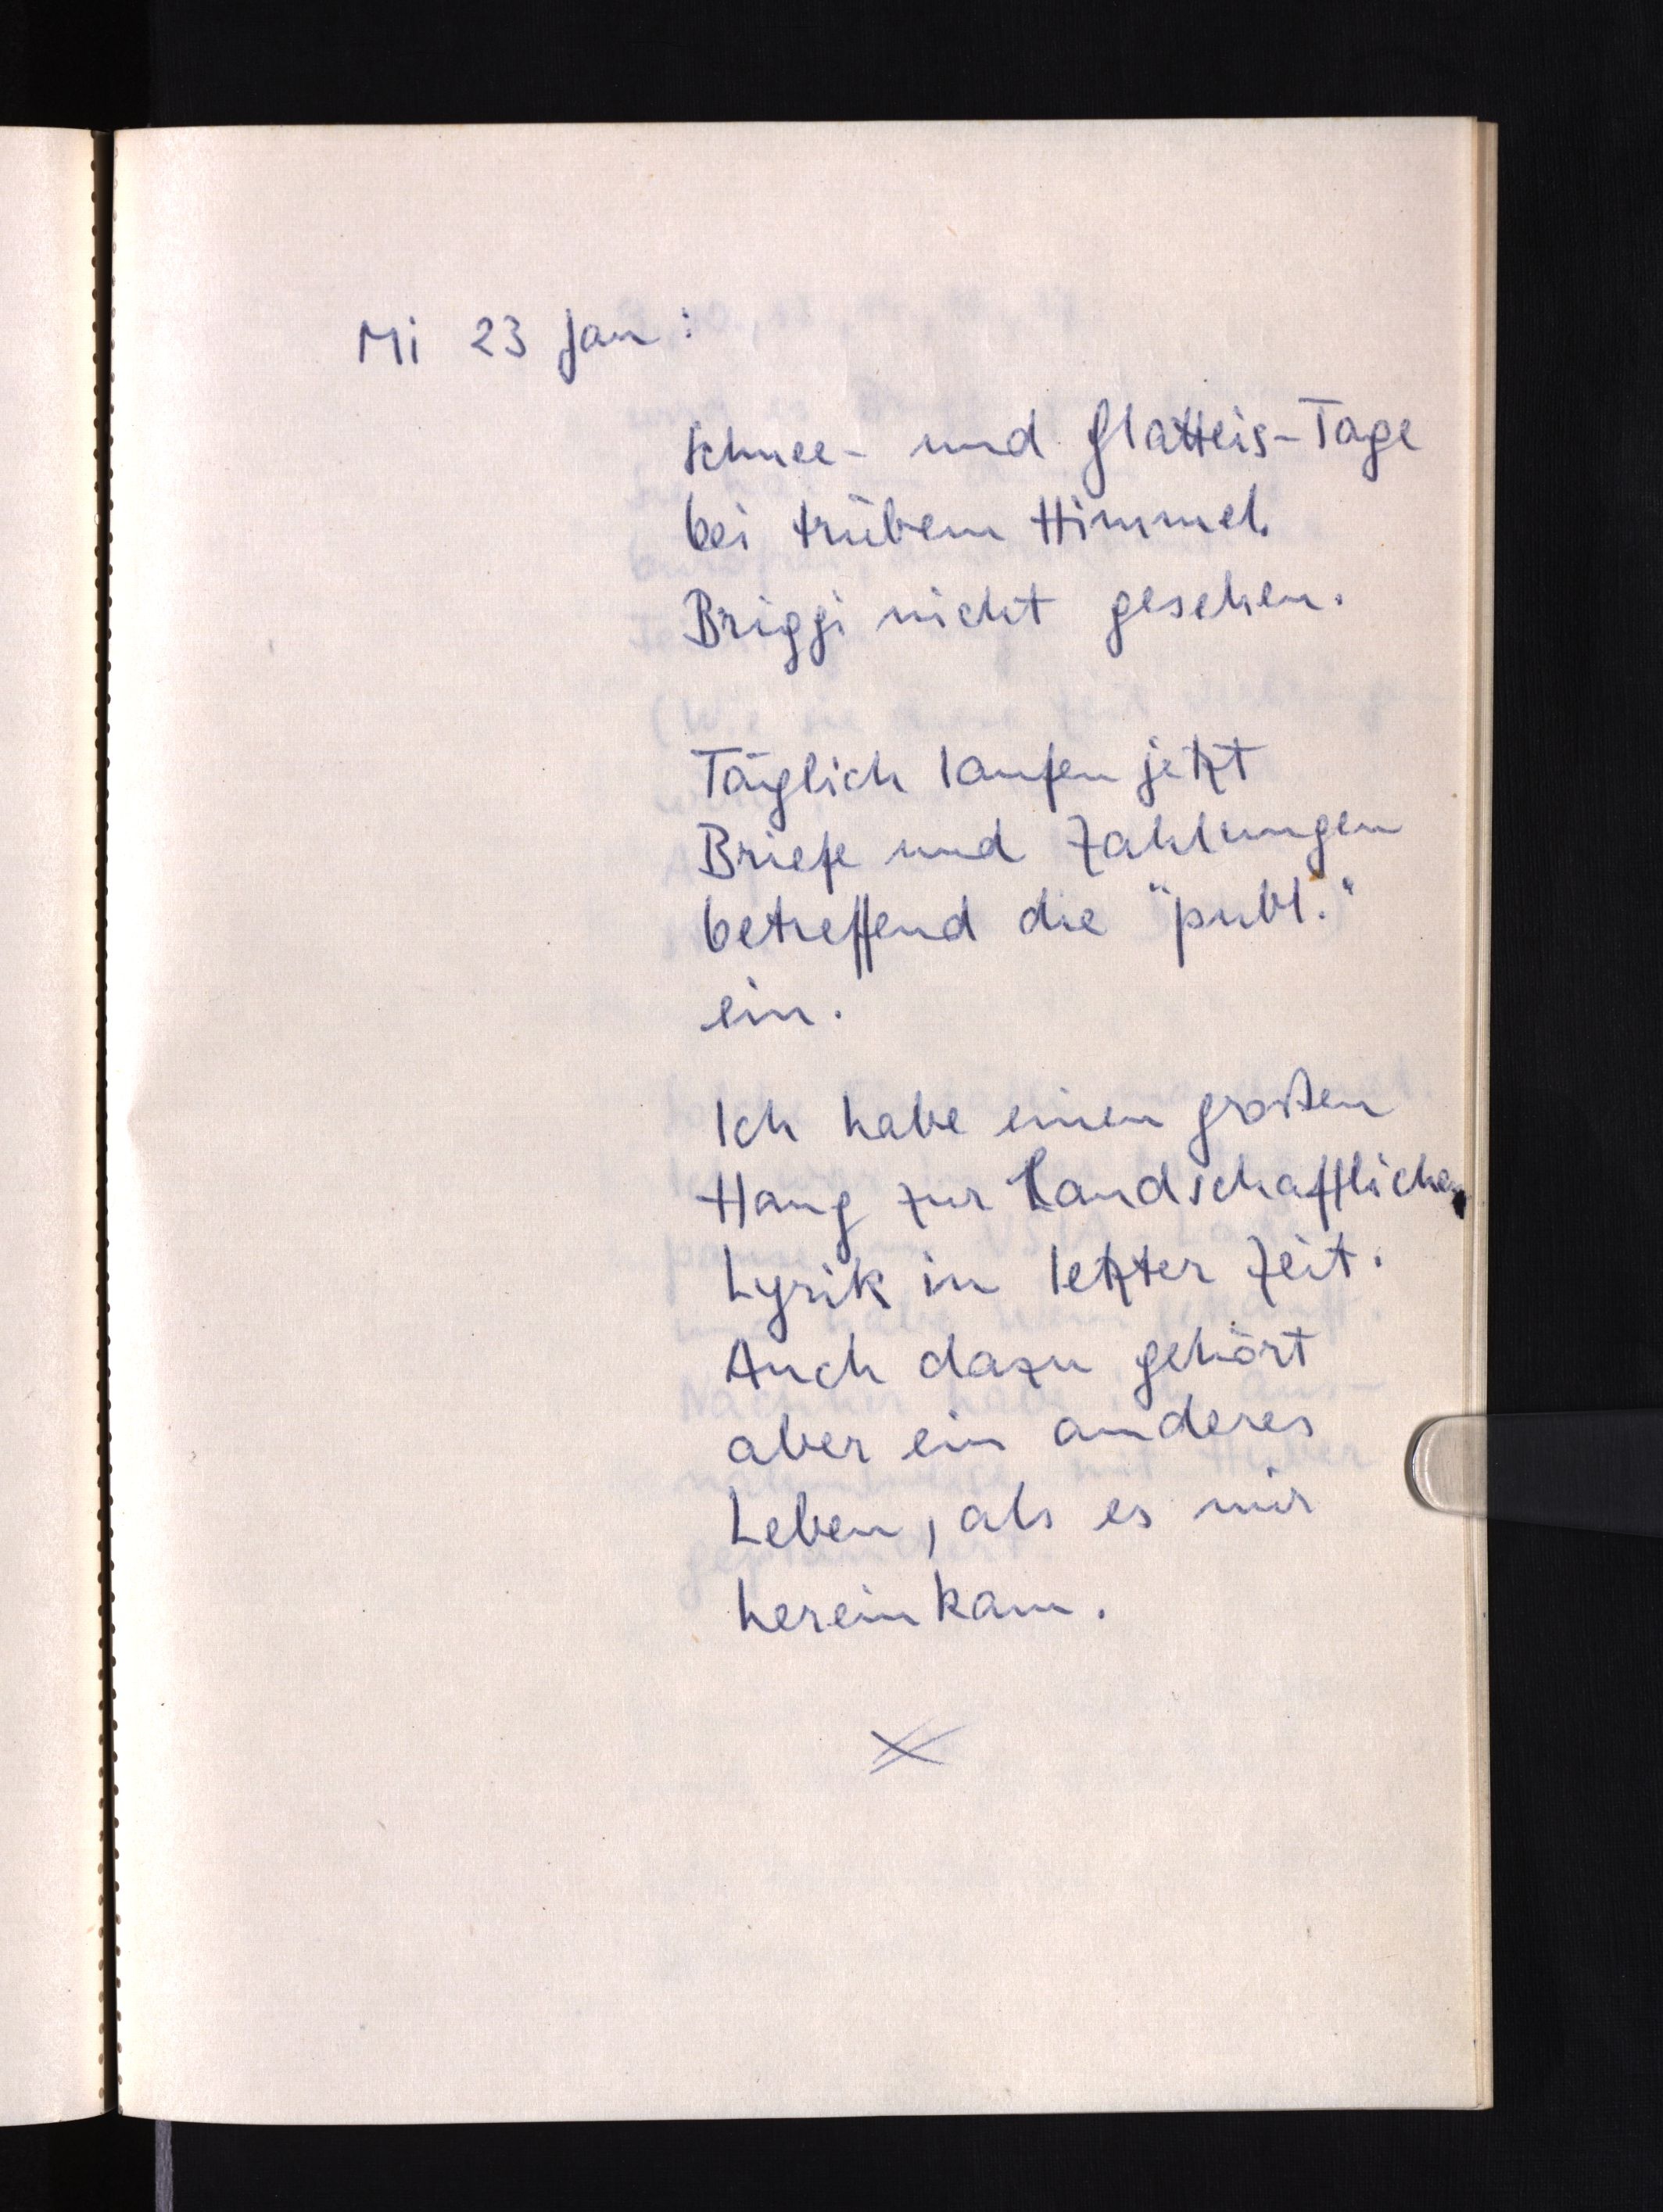
Mi 23 Jan:
Schnee- und Glatteis-Tage
bei trübem Himmel.
Briggi nicht gesehen.
Täglich laufen jetzt
Briefe und Zahlungen
betreffend die "publ."
ein.
Ich habe einen großen
Hang zur Llandschaftlichen
Lyrik in letzter Zeit.
Auch dazu gehört
aber ein anderes
Leben, als es mir
hereinkam.